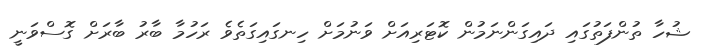
ޝުހާ ތުންފަތުގައި ދައިގަންނަމުން ކޮޓަރިއަށް ވަނުމަށް ހިނގައިގަތެވެ ރަހުމާ ބާރު ބާރަށް ގޮސްވަނީ